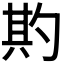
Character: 𭅌